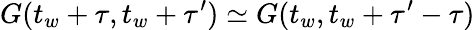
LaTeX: G(t_{w}+\tau,t_{w}+\tau^{\prime})\simeq G(t_{w},t_{w}+\tau^{\prime}-\tau)